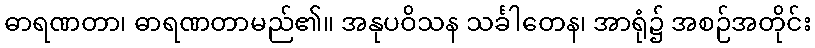
ဓာရဏတာ၊ ဓာရဏတာမည်၏။ အနုပဝိသန သင်္ခါတေန၊ အာရုံ၌ အစဉ်အတိုင်း